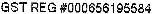
GST REG #000656195584